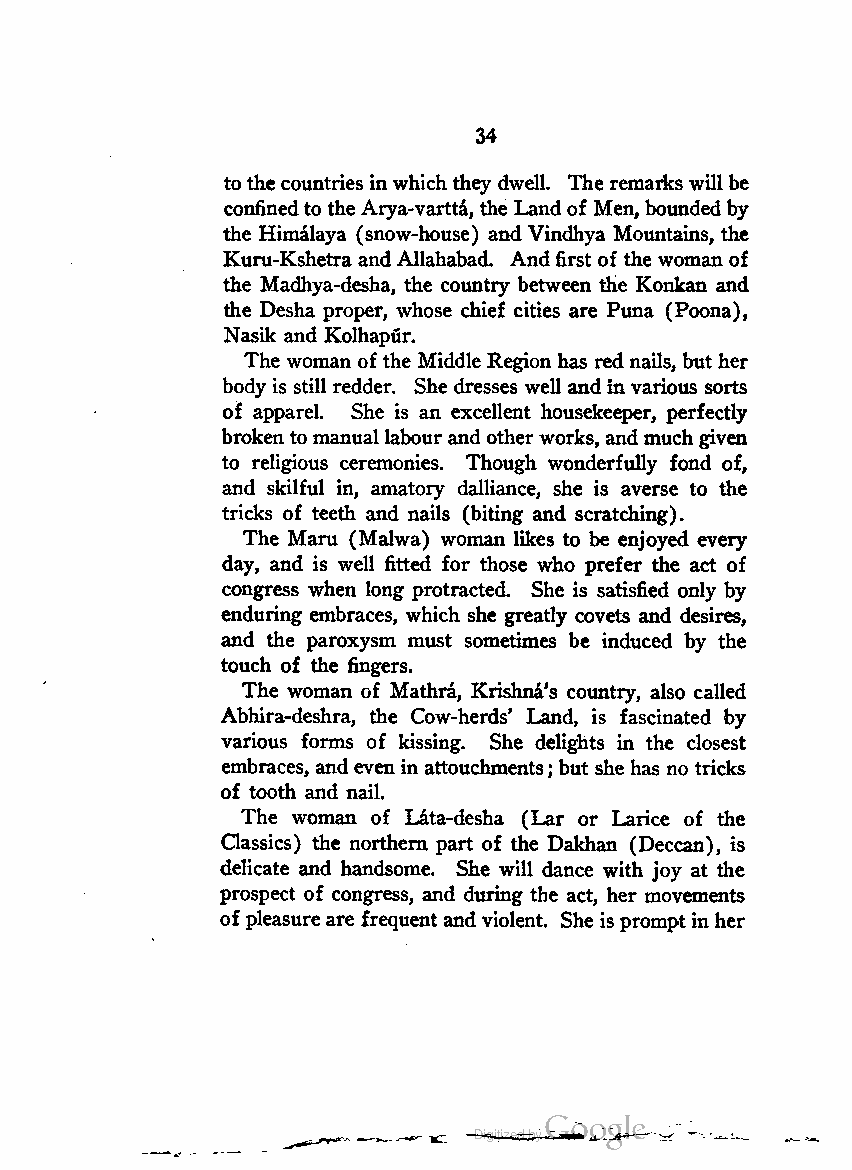
34
 tothe countries inwhichthey dwell. Theremarks will be
 confinedto the Arya-vartta, the Landof Men, bounded by
 the Himalaya (snow-house) and Vindhya Mountains, the
 Kuru-Kshetra andAllahabad. Andfirst of the woman of
 the Madhya-desha, the country between the Konkan and
 the Desha proper, whose chief cities are Puna (Poona),
 Nasik and Kolhapur.
 The woman of the Middle Region has rednails, but her
 body is still redder. She dresses well and invarious sorts
 of apparel. She is an excellent housekeeper, perfectly
 broken to manual labour andother works, andmuchgiven
 to religious ceremonies. Though wonderfully fond of,
 and skilful in, amatory dalliance, she is averse to the
 tricks of teeth and nails (biting and scratching).
 The Maru (Malwa) woman likes to be enjoyed every
 day, and is well fitted for those who prefer the act of
 congress when long protracted. She is satisfied only by
 enduring embraces, which she greatly covets and desires,
 and the paroxysm must sometimes be induced by the
 touch of the fingers.
 The woman of Mathra, Krishna's country, also called
 Abhira-deshra, the Cow-herds' Land, is fascinated by
 various forms of kissing. She delights in the closest
 embraces, and even in attouchments; but she has no tricks
 of tooth and nail.
 The woman of Lata-desha (Lar or Larice of the
 Gassics) the northern part of the Dakhan (Deccan), is
 delicate and handsome. She will dance with joy at the
 prospect of congress, and during the act, her movements
 ofpleasure are frequentandviolent. She isprompt inher